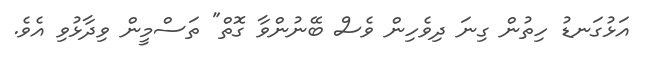
އަޅުގަނޑު ހިތުން ގިނަ ދިވެހިން ވެސް ބޭނުންވާ ގޮތް" ތަސްމީން ވިދާޅުވި އެވެ.